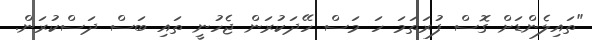
"ތައިލެންޑަށް ގޮސް ފުރަތަމަ ހަ މަސް ހޭދަކުރަން ޖެހުނީ ތައި ބަސް ދަސްކުރަން.